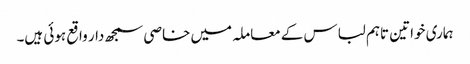
ہماری خواتین تاہم لباس کے معاملہ میں خاصی سمجھ دار واقع ہوئی ہیں۔